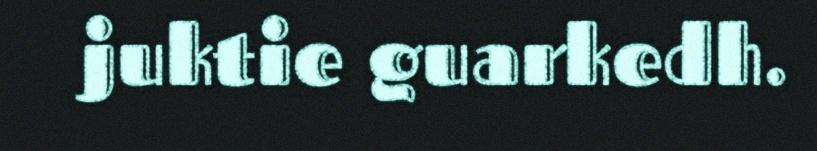
juktie guarkedh.